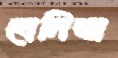
বেনিতা